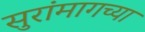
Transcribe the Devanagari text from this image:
सुरांमागच्या